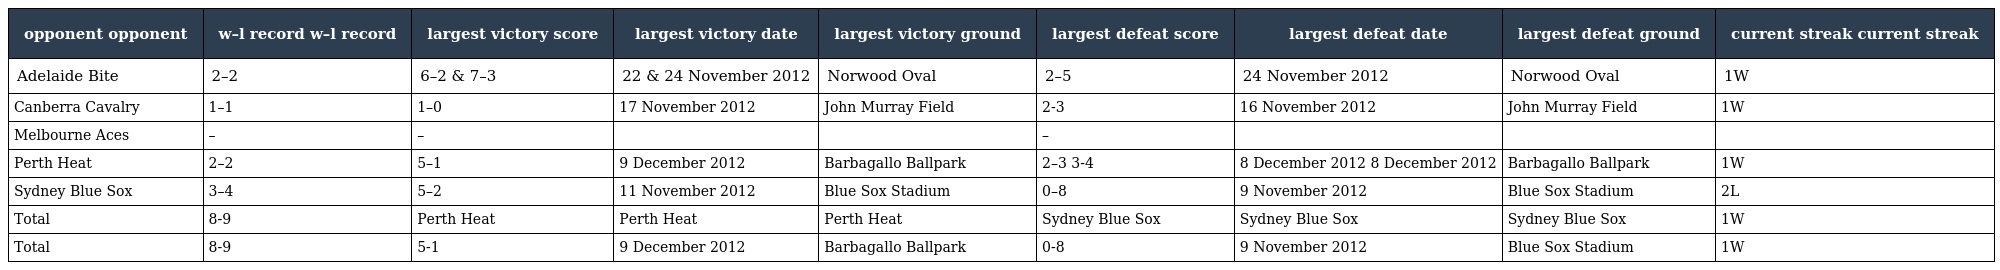
| opponent opponent | w–l record w–l record | largest victory score | largest victory date | largest victory ground | largest defeat score | largest defeat date | largest defeat ground | current streak current streak |
 | --- | --- | --- | --- | --- | --- | --- | --- | --- |
 | Adelaide Bite | 2–2 | 6–2 & 7–3 | 22 & 24 November 2012 | Norwood Oval | 2–5 | 24 November 2012 | Norwood Oval | 1W |
 | Canberra Cavalry | 1–1 | 1–0 | 17 November 2012 | John Murray Field | 2-3 | 16 November 2012 | John Murray Field | 1W |
 | Melbourne Aces | – | – |  |  | – |  |  |  |
 | Perth Heat | 2–2 | 5–1 | 9 December 2012 | Barbagallo Ballpark | 2–3 3-4 | 8 December 2012 8 December 2012 | Barbagallo Ballpark | 1W |
 | Sydney Blue Sox | 3–4 | 5–2 | 11 November 2012 | Blue Sox Stadium | 0–8 | 9 November 2012 | Blue Sox Stadium | 2L |
 | Total | 8-9 | Perth Heat | Perth Heat | Perth Heat | Sydney Blue Sox | Sydney Blue Sox | Sydney Blue Sox | 1W |
 | Total | 8-9 | 5-1 | 9 December 2012 | Barbagallo Ballpark | 0-8 | 9 November 2012 | Blue Sox Stadium | 1W |